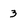
Character: 3